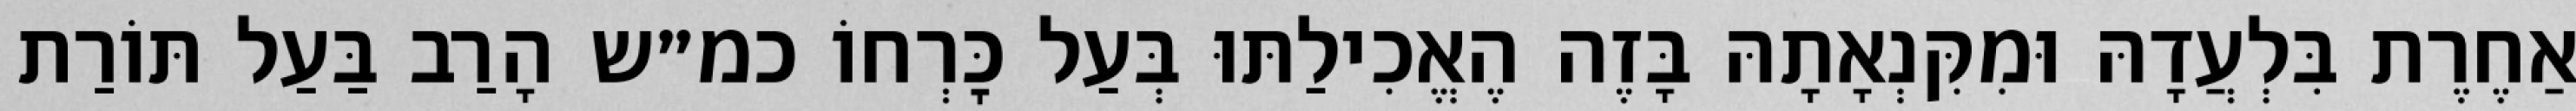
אַחֶרֶת בִּלְעֲדָהּ וּמִקִּנְאָתָהּ בָּזֶה הֶאֱכִילַתּוּ בְּעַל כׇּרְחוֹ כמ״ש הָרַב בַּעַל תּוֹרַת